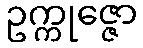
ဥက္ကုဇ္ဇော